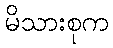
မိသားစုက